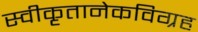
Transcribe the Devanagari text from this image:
स्वीकृतानेकविग्रह